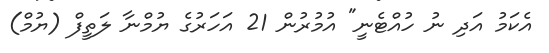
އެކަމު އަދި ނު ހުއްޓެނީ" އުމުރުން 21 އަހަރުގެ ޔުމްނާ ލަތީފް (ޔުމް)